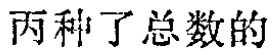
丙种了总数的